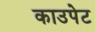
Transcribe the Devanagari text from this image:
काउपेट